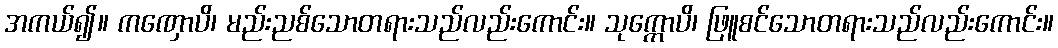
အကယ်၍။ ကဏှောပိ၊ မည်းညစ်သောတရားသည်လည်းကောင်း။ သုက္ကောပိ၊ ဖြူစင်သောတရားသည်လည်းကောင်း။